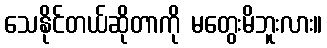
သေနိုင်တယ်ဆိုတာကို မတွေးမိဘူးလား။